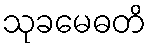
သုခမေဓတိ